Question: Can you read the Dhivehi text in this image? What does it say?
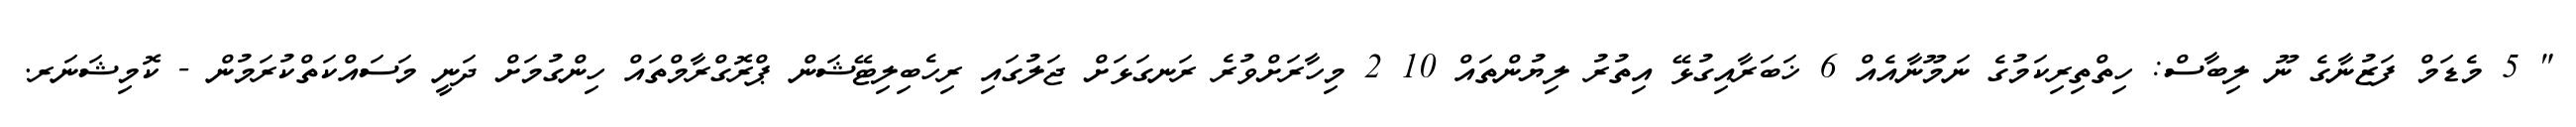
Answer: " 5 މެޑަމް ފަޒުނާގެ ނޫ ލިބާސް: ހިތްތިރިކަމުގެ ނަމޫނާއެއް 6 ޚަބަރާއިގުޅޭ އިތުރު ލިޔުންތައް 10 2 މިހާރަށްވުރެ ރަނގަޅަށް ޖަލުގައި ރިހެބިލިޓޭޝަން ޕްރޮގްރާމްތައް ހިންގުމަށް ދަނީ މަސައްކަތްކުރަމުން - ކޮމިޝަނަރ.